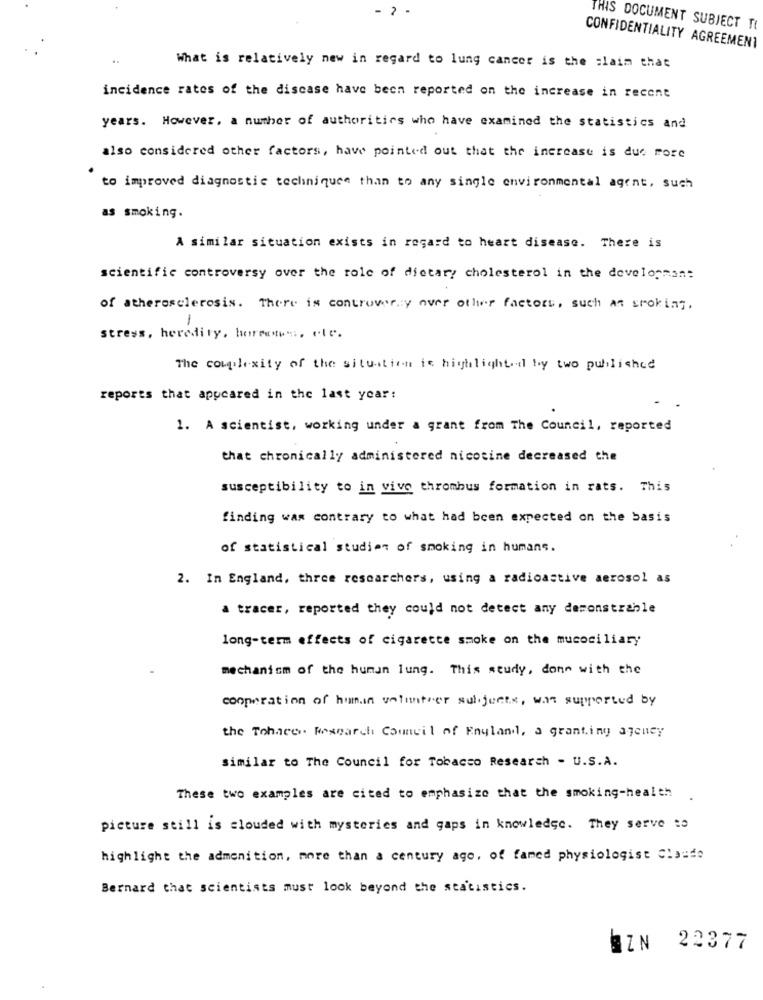
- 2 .
THIS DOCUMENT SUBJECT TI
CONFIDENTIALITY AGREEMENT
..
What is relatively new in regard to lung cancer is the claim that
incidence rates of the discase have been reported on the increase in recent
years. However. a number of authorities who have examined the statistics and
also considered other factors, have pointed out that the increase is due more
to improved diagnostic techniquee than to any single environmental agent, such
as smoking.
A similar situation exists in regard to heart disease. There is
scientific controversy over the role of dietary cholesterol in the developman:
of atherosclerosis. There is controversy over other factors, such as smoking.
stress, heredity, horrores, etc.
The complexity of the situation is highlight dl by two published
reports that appeared in the last year:
1. A scientist, working under a grant from The Council, reported
that chronically administered nicotine decreased the
susceptibility to in vivo thrombus formation in rats. This
finding was contrary to what had been expected on the basis
of statistical studien of smoking in humans.
2. In England, three researchers, using a radioactive aerosol as
a tracer, reported they could not detect any demonstrable
long-term effects of cigarette smoke on the mucociliary
mechanism of the human lung. This study, done with the
cooperation of human volunteer subjects, was supported by
the Tohacer Research Council of England, a granting agency
similar to The Council for Tobacco Research - U.S.A.
These two examples are cited to emphasize that the smoking-health
picture still is clouded with mysteries and gaps in knowledge. They serve :o
highlight the admenition, more than a century ago, of famed physiologist Claude
Bernard that scientists must look beyond the statistics.
BZN
22377